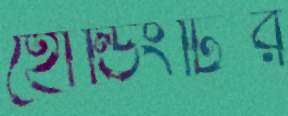
হোল্ডিংটির